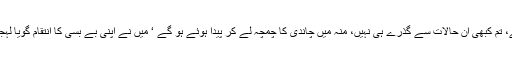
’ تم نہیں سمجھو گے، تم کبھی ان حالات سے گذرے ہی نہیں، منہ میں چاندی کا چمچہ لے کر پیدا ہوئے ہو گے ‘ میں نے اپنی بے بسی کا انتقام گویا لہجے کی کاٹ سے لیا۔